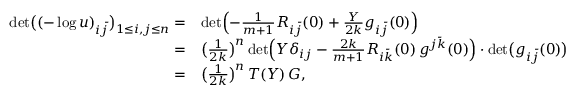
\begin{array} { r l } { \operatorname* { d e t } \bigl ( ( - \log u ) _ { i \bar { j } } \bigr ) _ { 1 \leq i , j \leq n } = } & { \operatorname* { d e t } \Bigl ( - \frac { 1 } { m + 1 } R _ { i \bar { j } } ( 0 ) + \frac { Y } { 2 k } g _ { i \bar { j } } ( 0 ) \Bigr ) } \\ { = } & { \bigl ( \frac { 1 } { 2 k } \bigr ) ^ { n } \operatorname* { d e t } \Bigl ( Y \delta _ { i j } - \frac { 2 k } { m + 1 } R _ { i \bar { k } } ( 0 ) \, g ^ { j \bar { k } } ( 0 ) \Bigr ) \cdot \operatorname* { d e t } \bigl ( g _ { i \bar { j } } ( 0 ) \bigr ) } \\ { = } & { \bigl ( \frac { 1 } { 2 k } \bigr ) ^ { n } \, T ( Y ) \, G , } \end{array}